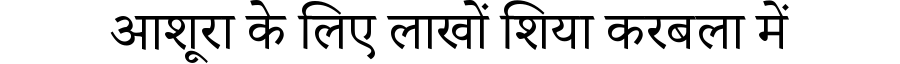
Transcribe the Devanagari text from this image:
आशूरा के लिए लाखों शिया करबला में